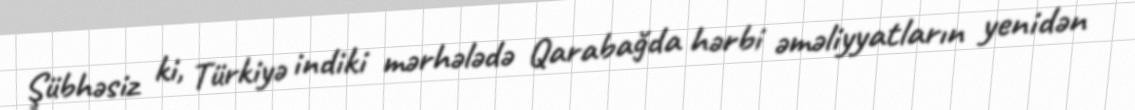
Şübhəsiz ki, Türkiyə indiki mərhələdə Qarabağda hərbi əməliyyatların yenidən